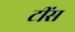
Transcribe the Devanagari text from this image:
टींस